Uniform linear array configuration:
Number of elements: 48
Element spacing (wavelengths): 0.5
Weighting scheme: cosine
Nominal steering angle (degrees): -15
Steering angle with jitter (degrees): -14.739
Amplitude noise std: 0.05
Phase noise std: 0.05

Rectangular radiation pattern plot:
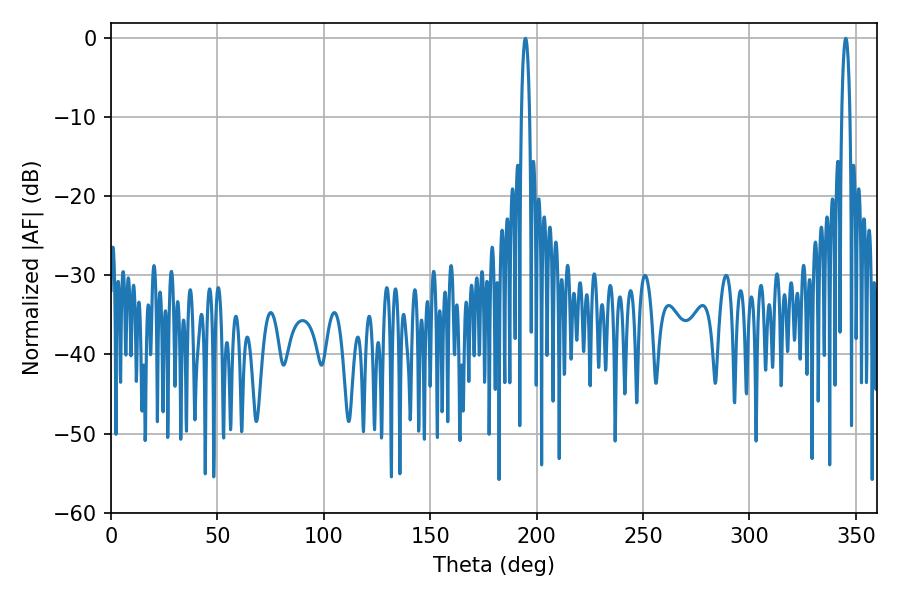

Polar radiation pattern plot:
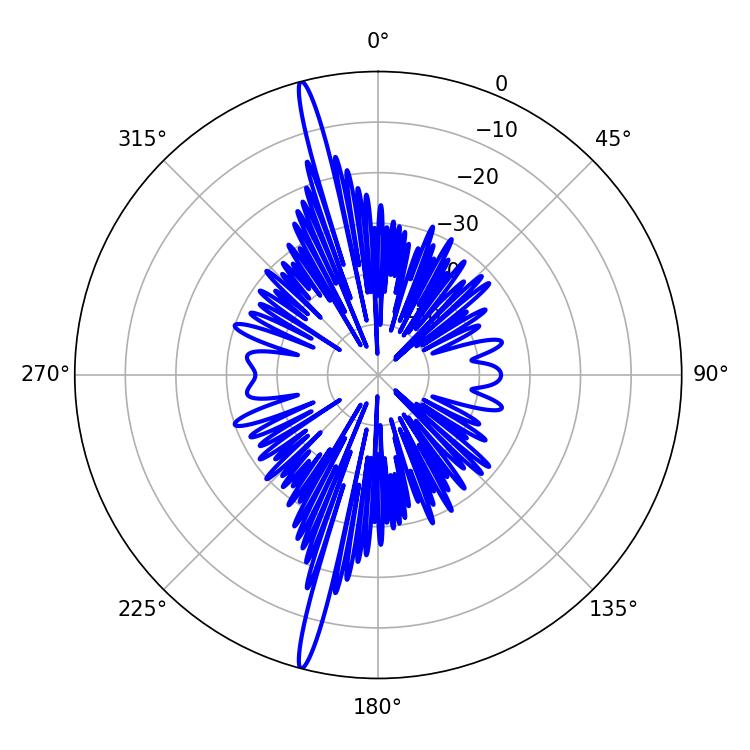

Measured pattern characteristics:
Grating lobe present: FALSE
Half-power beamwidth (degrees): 2.16
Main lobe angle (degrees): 194.76